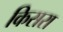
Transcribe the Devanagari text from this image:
किसरा